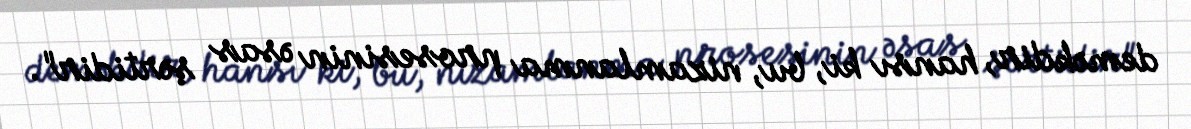
deməkdir, hansı ki, bu, nizamlanma prosesinin əsas şərtidir".